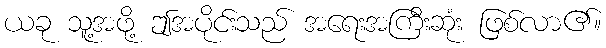
ယခု သူ့အဖို့ ဤအပိုင်းသည် အရေးအကြီးဆုံး ဖြစ်လာ၏။